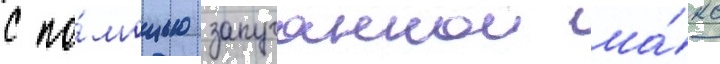
с по́мощью запуганнои ма́кс